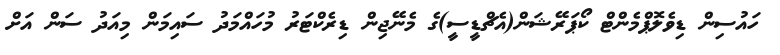
ހައުސިން ޑިވެލޮޕްމެންޓް ކޯޕަރޭޝަން(އެޗްޑީސީ)ގެ މެނޭޖިން ޑިރެކްޓަރު މުހައްމަދު ސައިމަން މިއަދު ސަން އަށް